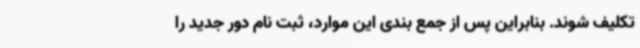
تکلیف شوند. بنابراین پس از جمع بندی این موارد، ثبت نام دور جدید را